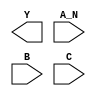
module sky130_fd_sc_ls__nand3b (
    Y  ,
    A_N,
    B  ,
    C
);

    output Y  ;
    input  A_N;
    input  B  ;
    input  C  ;

    // Voltage supply signals
    supply1 VPWR;
    supply0 VGND;
    supply1 VPB ;
    supply0 VNB ;

endmodule